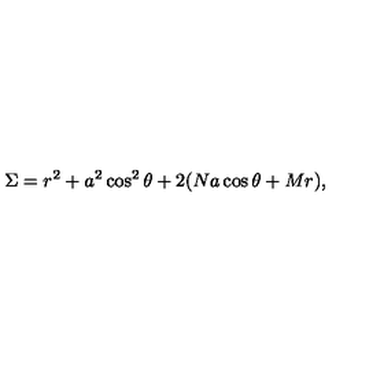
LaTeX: \Sigma = r ^ { 2 } + a ^ { 2 } \cos ^ { 2 } \theta + 2 ( N a \cos \theta + M r ) ,